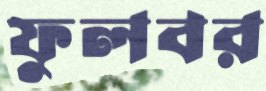
ফুলবর